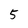
Character: 5